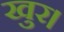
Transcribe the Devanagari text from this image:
खुर।